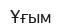
Ұғым